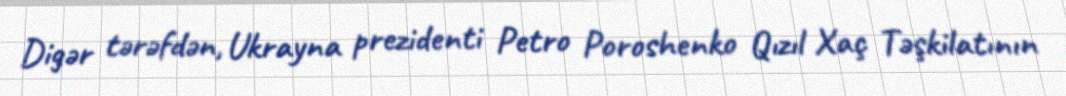
Digər tərəfdən, Ukrayna prezidenti Petro Poroshenko Qızıl Xaç Təşkilatının